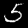
Digit: 5